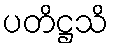
ပတိဋ္ဌသိ